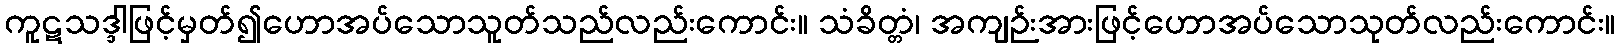
ကူဋသဒ္ဒါဖြင့်မှတ်၍ဟောအပ်သောသူတ်သည်လည်းကောင်း။ သံခိတ္တံ၊ အကျဉ်းအားဖြင့်ဟောအပ်သောသုတ်လည်းကောင်း။